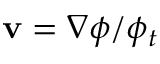
\mathbf { v } = \nabla \phi / \phi _ { t }